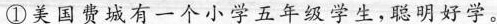
①美国费城有一个小学五年级学生，聪明好学，